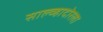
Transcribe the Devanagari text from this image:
साल्व्हादोरला